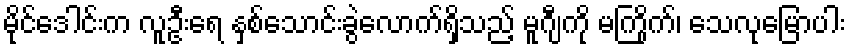
မိုင်ဒေါင်းက လူဦးရေ နှစ်သောင်းခွဲလောက်ရှိသည့် မူဂျီကို မကြိုက်၊ သေလုမြောပါး